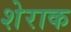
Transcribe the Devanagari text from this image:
शेराक